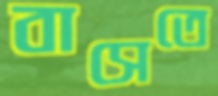
বাসেতে